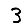
Digit: 3